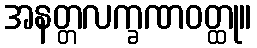
အနတ္တလက္ခဏဝတ္ထု။